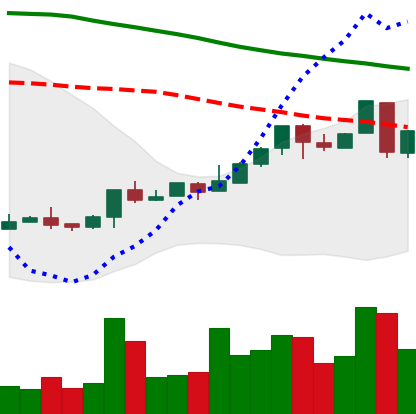
Ticker: LTC-USD
Chart end date: 2018-04-26
Forward return: -3.378%
Label: down_3_5